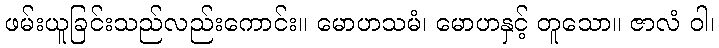
ဖမ်းယူခြင်းသည်လည်းကောင်း။ မောဟသမံ၊ မောဟနှင့် တူသော။ ဇာလံ ဝါ၊